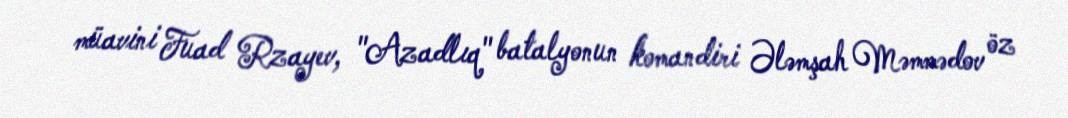
müavini Fuad Rzayev, "Azadlıq" batalyonun komandiri Ələmşah Məmmədov öz